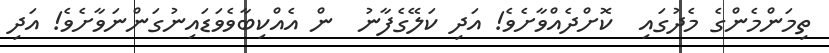
ތިމަންމެންގެ މެދުގައި  ކޮށްދެއްވާށެވެ! އަދި ކަލޭގެފާނު  ން އެއްކިބާވެވަޑައިނުގަންނަވާށެވެ! އަދި